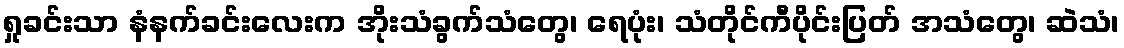
ရှုခင်းသာ နံနက်ခင်းလေးက အိုးသံခွက်သံတွေ၊ ရေပုံး၊ သံတိုင်ကီပိုင်းပြတ် အသံတွေ၊ ဆဲသံ၊